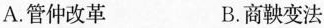
A.管仲改革 B.商鞅变法